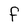
Character: F